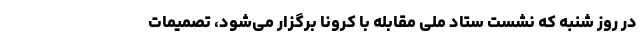
در روز شنبه که نشست ستاد ملی مقابله با کرونا برگزار می‌شود، تصمیمات